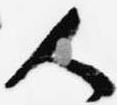
人